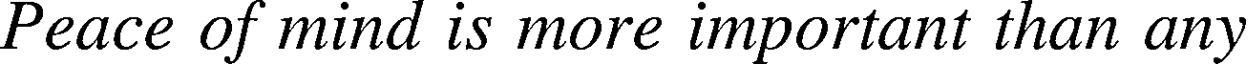
Peace of mind is more important than any